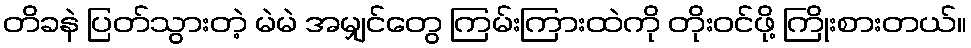
တိခနဲ ပြတ်သွားတဲ့ မဲမဲ အမျှင်တွေ ကြမ်းကြားထဲကို တိုးဝင်ဖို့ ကြိုးစားတယ်။